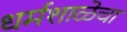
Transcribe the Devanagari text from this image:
धर्मशाळेचा